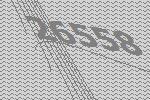
26558